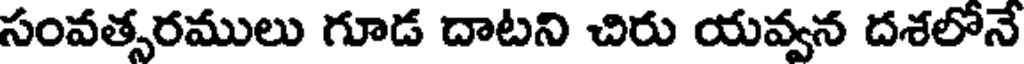
సంవత్సరములు గూడ దాటని చిరు యవ్వన దశలోనే